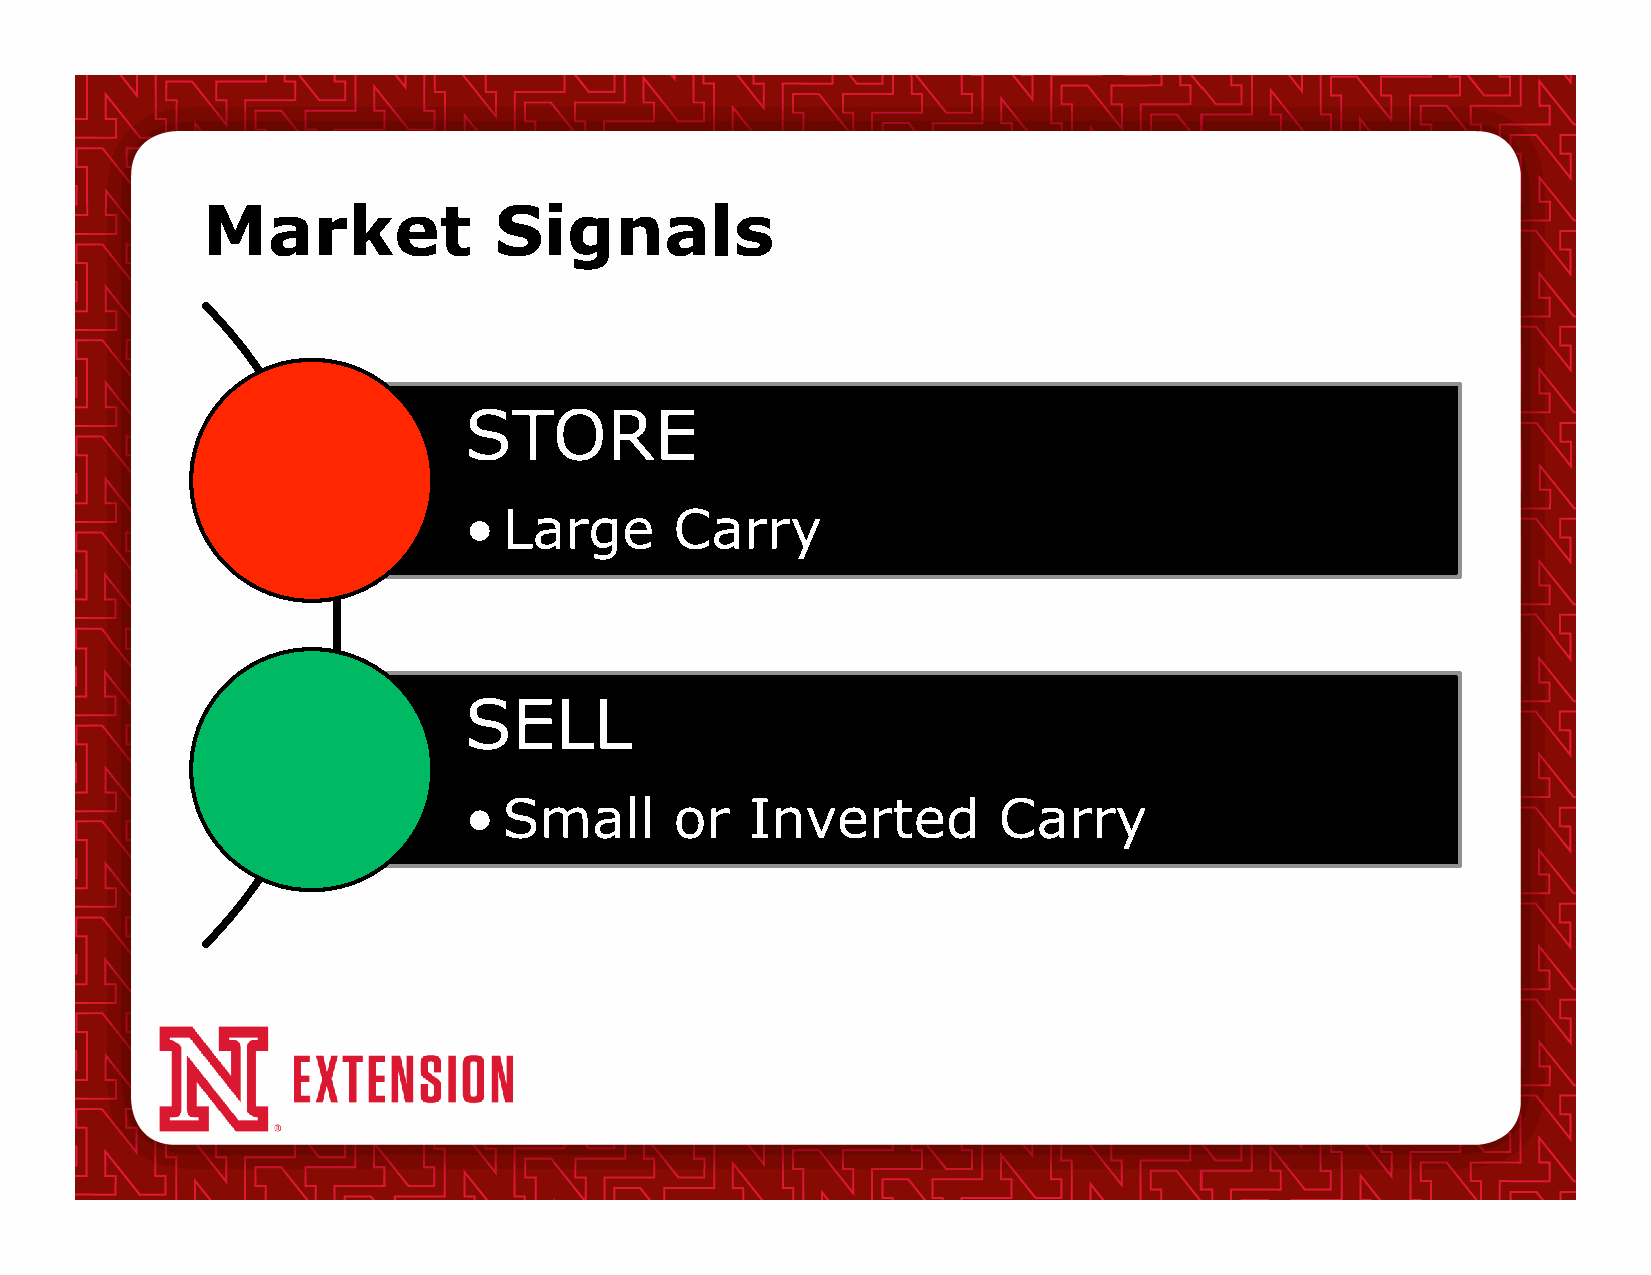
Market              Signals
 STORE
 • Large       Carry
 SELL
 • Small       or   Inverted        Carry